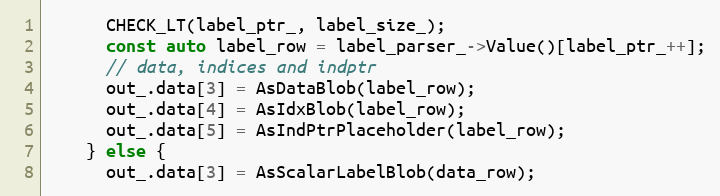
Language: C++
      CHECK_LT(label_ptr_, label_size_);
      const auto label_row = label_parser_->Value()[label_ptr_++];
      // data, indices and indptr
      out_.data[3] = AsDataBlob(label_row);
      out_.data[4] = AsIdxBlob(label_row);
      out_.data[5] = AsIndPtrPlaceholder(label_row);
    } else {
      out_.data[3] = AsScalarLabelBlob(data_row);